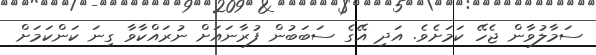
ސަމާލުވާން ޖެހޭ ކަމަށެވެ. އަދި އޭގެ ސަބަބުން ފުރާނައަށް ނުރައްކާވާ ގިނަ ކަންކަމަށް